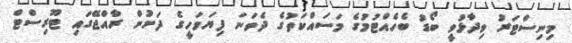
މިނިސްޓަރު ވިދާޅުވީ ބޯޑު ބެހެއްޓުމުގެ މަސައްކަތުގެ ދެވަނަ ފިޔަވަހީގެ ދަށުން ރާއްޖޭގައި ޓޫރިސްޓް